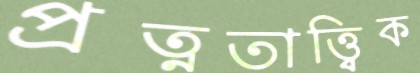
প্রত্নতাত্ত্বিক